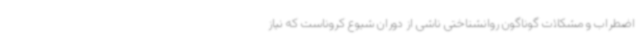
اضطراب و مشکلات گوناگون روانشناختی ناشی از دوران شیوع کروناست که نیاز